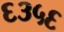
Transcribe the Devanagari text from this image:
६३५६